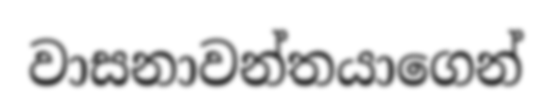
වාසනාවන්තයාගෙන්